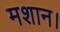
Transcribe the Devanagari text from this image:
मशान।